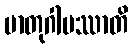
မာတုဂါမဿာတိ